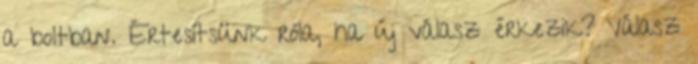
a boltban. Értesítsünk róla, ha új válasz érkezik? Válasz